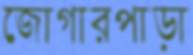
জোগারপাড়া